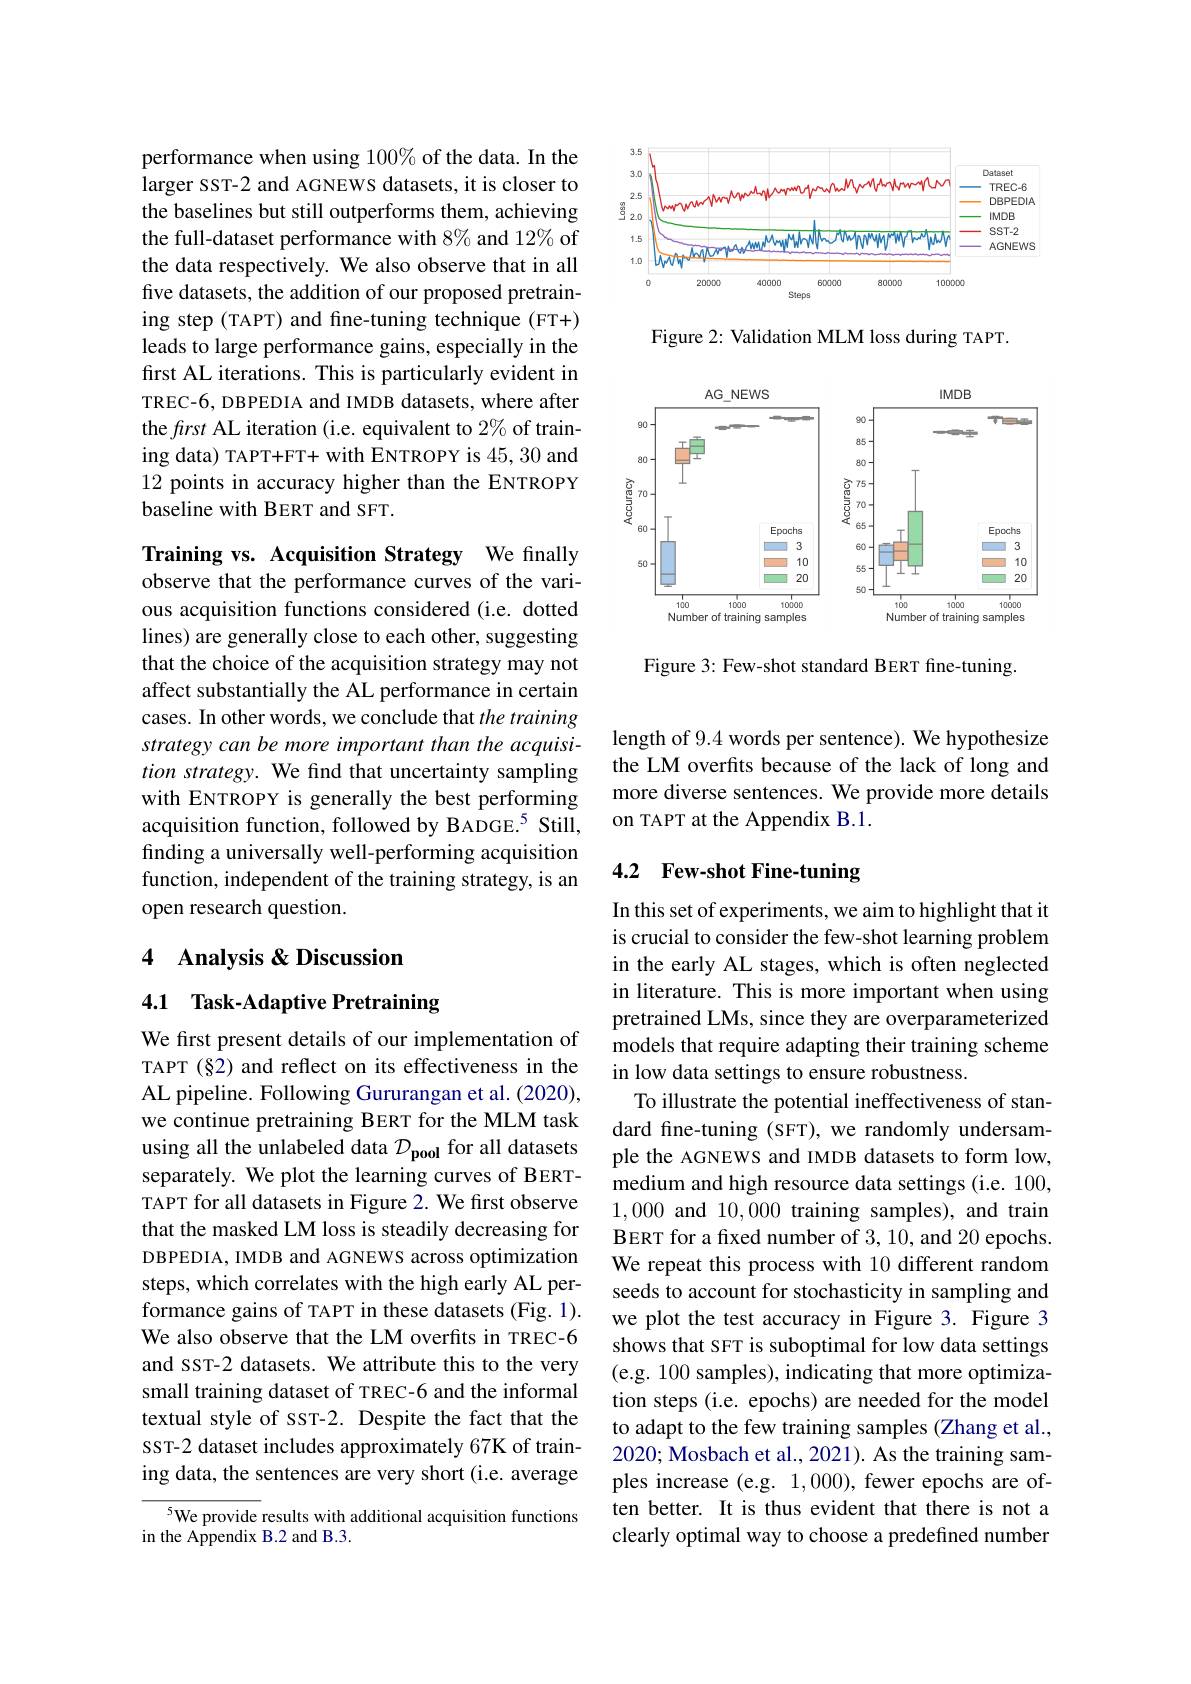
<FigureHere>

Figure 2: Validation MLM loss during TAPT.

<FigureHere>

Figure 3: Few-shot standard BERT fine-tuning.

performance when using 100% of the data. In the larger SST-2 and AGNEWS datasets, it is closer to the baselines but still outperforms them, achieving the full-dataset performance with 8% and 12% of the data respectively. We also observe that in all five datasets, the addition of our proposed pretraining step (TAPT) and fine-tuning technique (FT+) leads to large performance gains, especially in the first AL iterations. This is particularly evident in TREC-6, DBPEDIA and IMDB datasets, where after the frst AL iteration (i.e. equivalent to 2% of training data) TAPT+FT+ with ENTROPY is 45,30 and 12 points in accuracy higher than the ENTROPY baseline with BERT and SFT.

Training vs. Acquisition Strategy We finally observe that the performance curves of the various acquisition functions considered (i.e. dotted lines) are generally close to each other, suggesting that the choice of the acquisition strategy may not affect substantially the AL performance in certain cases. In other words, we conclude that the training strategy can be more important than the acquisition strategy. We find that uncertainty sampling with ENTROPY is generally the best performing acquisition function, followed by BADGE.$^{5}$ Still, finding a universally well-performing acquisition function, independent of the training strategy, is an open research question.

## 4 Analysis & Discussion

4.1 Task-Adaptive Pretraining

We first present details of our implementation of TAPT (§2) and reflect on its effectiveness in the AL pipeline. Following Gururangan et al. (2020), we continue pretraining BERT for the MLM task using all the unlabeled data $\mathcal{D}_\mathrm{pool}$ for all datasets separately. We plot the learning curves of BERTTAPT for all datasets in Figure 2. We first observe that the masked LM loss is steadily decreasing for DBPEDIA, IMDB and AGNEWS across optimization steps, which correlates with the high early AL performance gains of TAPT in these datasets (Fig. 1). We also observe that the LM overfits in TREC-6 and ssT-2 datasets. We attribute this to the very small training dataset of TREC-6 and the informal textual style of SST-2. Despite the fact that the ssT-2 dataset includes approximately 67K of training data, the sentences are very short (i.e. average

$^{5}$We provide results with additional acquisition functions
in the Appendix B.2 and B.3.

length of 9.4 words per sentence). We hypothesize the LM overfits because of the lack of long and more diverse sentences. We provide more details on TAPT at the Appendix B.1.

## 4.2 Few-shot Fine-tuning

In this set of experiments, we aim to highlight that it is crucial to consider the few-shot learning problem in the early AL stages, which is often neglected in literature. This is more important when using pretrained LMs, since they are overparameterized models that require adapting their training scheme in low data settings to ensure robustness.
To illustrate the potential ineffectiveness of standard fine-tuning (SFT), we randomly undersample the AGNEWS and IMDB datasets to form low, medium and high resource data settings (i.e. 100, 1,000 and 10,000 training samples), and train BERT for a fixed number of 3,10, and 20 epochs. We repeat this process with 10 different random seeds to account for stochasticity in sampling and we plot the test accuracy in Figure 3. Figure 3 shows that SFT is suboptimal for low data settings (e.g. 100 samples), indicating that more optimization steps (i.e. epochs) are needed for the model to adapt to the few training samples (Zhang et al., 2020; Mosbach et al., 2021). As the training samples increase (e.g. 1,000), fewer epochs are often better. It is thus evident that there is not a clearly optimal way to choose a predefined number